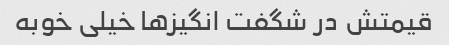
قیمتش در شگفت انگیزها خیلی خوبه